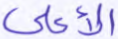
الأعلى